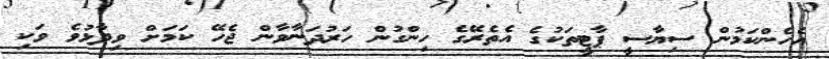
އެހެންކަމުން ސިޔާސީ ޕާޓީތަކުގެ އެތެރޭގެ ހިންގުން ހަރުދަނާވާން ޖެހޭ ކަމަށް ވިދާޅުވެ ވަކި